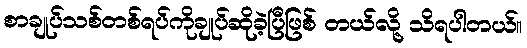
စာချုပ်သစ်တစ်ရပ်ကိုချုပ်ဆိုခဲ့ပြီဖြစ် တယ်လို့ သိရပါတယ်။